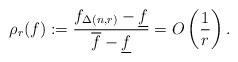
LaTeX: \begin{align*}\rho_r(f):={f_{\Delta(n,r)} - \underline f\over \overline f - \underline f} = O\left(\frac{1}{r} \right).\end{align*}